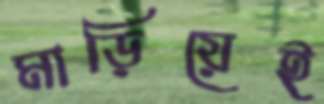
মাড়িয়েই